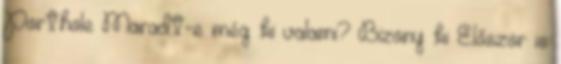
Porthole Maradt-e még ki valami? Bizony ki Először is